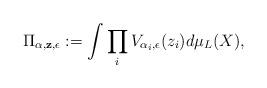
LaTeX: \begin{align*}\Pi_{\bf \alpha, z,\epsilon}:= \int\prod_iV_{\alpha_i,\epsilon}(z_i)d\mu_L(X),\end{align*}